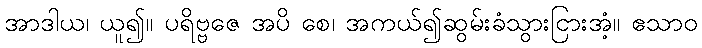
အာဒါယ၊ ယူ၍။ ပရိဗ္ဗဇေ အပိ စေ၊ အကယ်၍ဆွမ်းခံသွားငြားအံ့။ ဧသာဝ